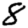
Digit: 8